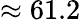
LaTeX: \approx 61.2